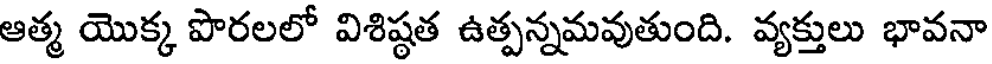
ఆత్మ యొక్క పొరలలో విశిష్ఠత ఉత్పన్నమవుతుంది. వ్యక్తులు భావనా